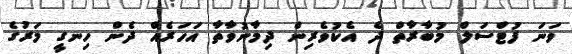
ވަނަ ފުޓްސަލް މުބާރާތް ދެ އެކުވެރިން ދިމާނުވާތާ އަހަރެއް ދެން ހިނގީ މަރުގެ